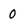
Character: 0